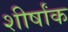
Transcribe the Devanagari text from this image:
शीर्षांक